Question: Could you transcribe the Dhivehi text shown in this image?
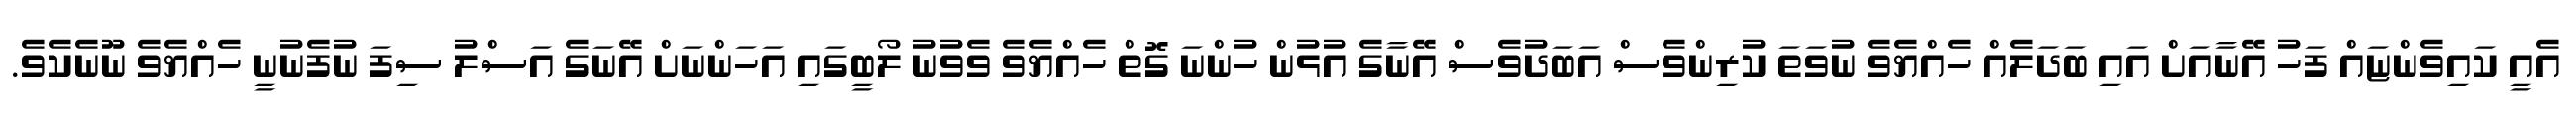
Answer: އެއީ ކައިވެންޏައް ފަހު އޭނާއަށް އައި ބަދަލެއް ހެއްޔެވެ ނުވަތަ ކުރިންވެސް އަބަދުވެސް އޭނާގެ އުޅުން ހުންނަ ގޮތް ހެއްޔެވެ ވެވުނު ލޯބީގައި އަހަންނަށް އޭނަގެ އަސްލު ސިފަ ނުފެނުނީ ހެއްޔެވެ ނޫނެކެވެ.